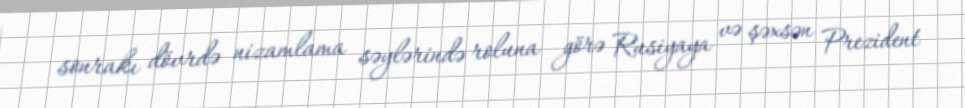
sonrakı dövrdə nizamlama səylərində roluna görə Rusiyaya və şəxsən Prezident